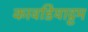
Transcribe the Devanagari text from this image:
कावडियाट्टम